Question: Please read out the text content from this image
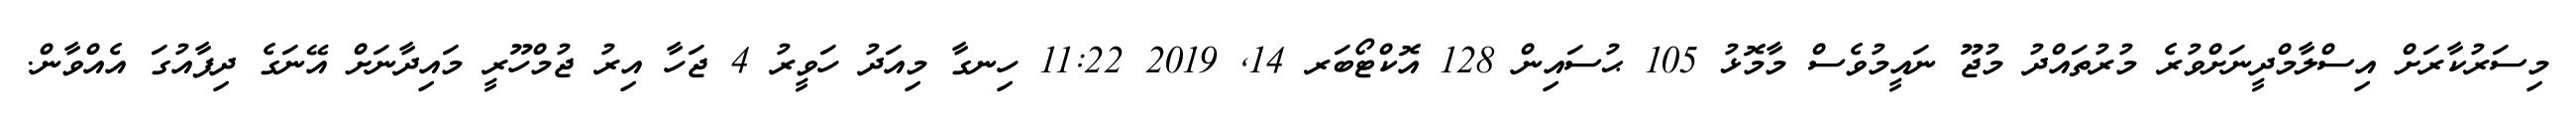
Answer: މިސަރުކާރަށް އިސްލާމްދީނަށްވުރެ މުރުތައްދު މުޖޫ ނައީމުވެސް މާމޮޅު 105 ޙުސައިން 128 އޮކްޓޯބަރ 14, 2019 11:22 ހިނގާ މިއަދު ހަވީރު 4 ޖަހާ އިރު ޖުމްހޫރީ މައިދާނަށް އޭނަގެ ދިފާއުގަ އެއްވާން.